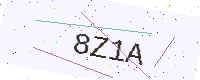
Text: 8Z1A